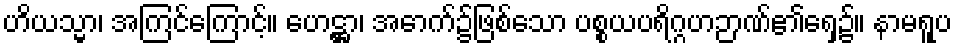
ဟိယသ္မာ၊ အကြင်ကြောင့်။ ဟေဋ္ဌာ၊ အောက်၌ဖြစ်သော ပစ္စယပရိဂ္ဂဟဉာဏ်၏ရှေ့၌။ နာမရူပ